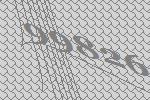
99826